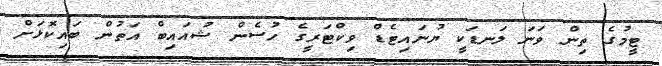
ޓީމުގެ ތިން ވަނަ ލަނޑަކީ ޔުނައިޓެޑް ވިކްޓަރީގެ ހުސެން ޝުއައިބް އަތުން ބައިކޮޅަށް